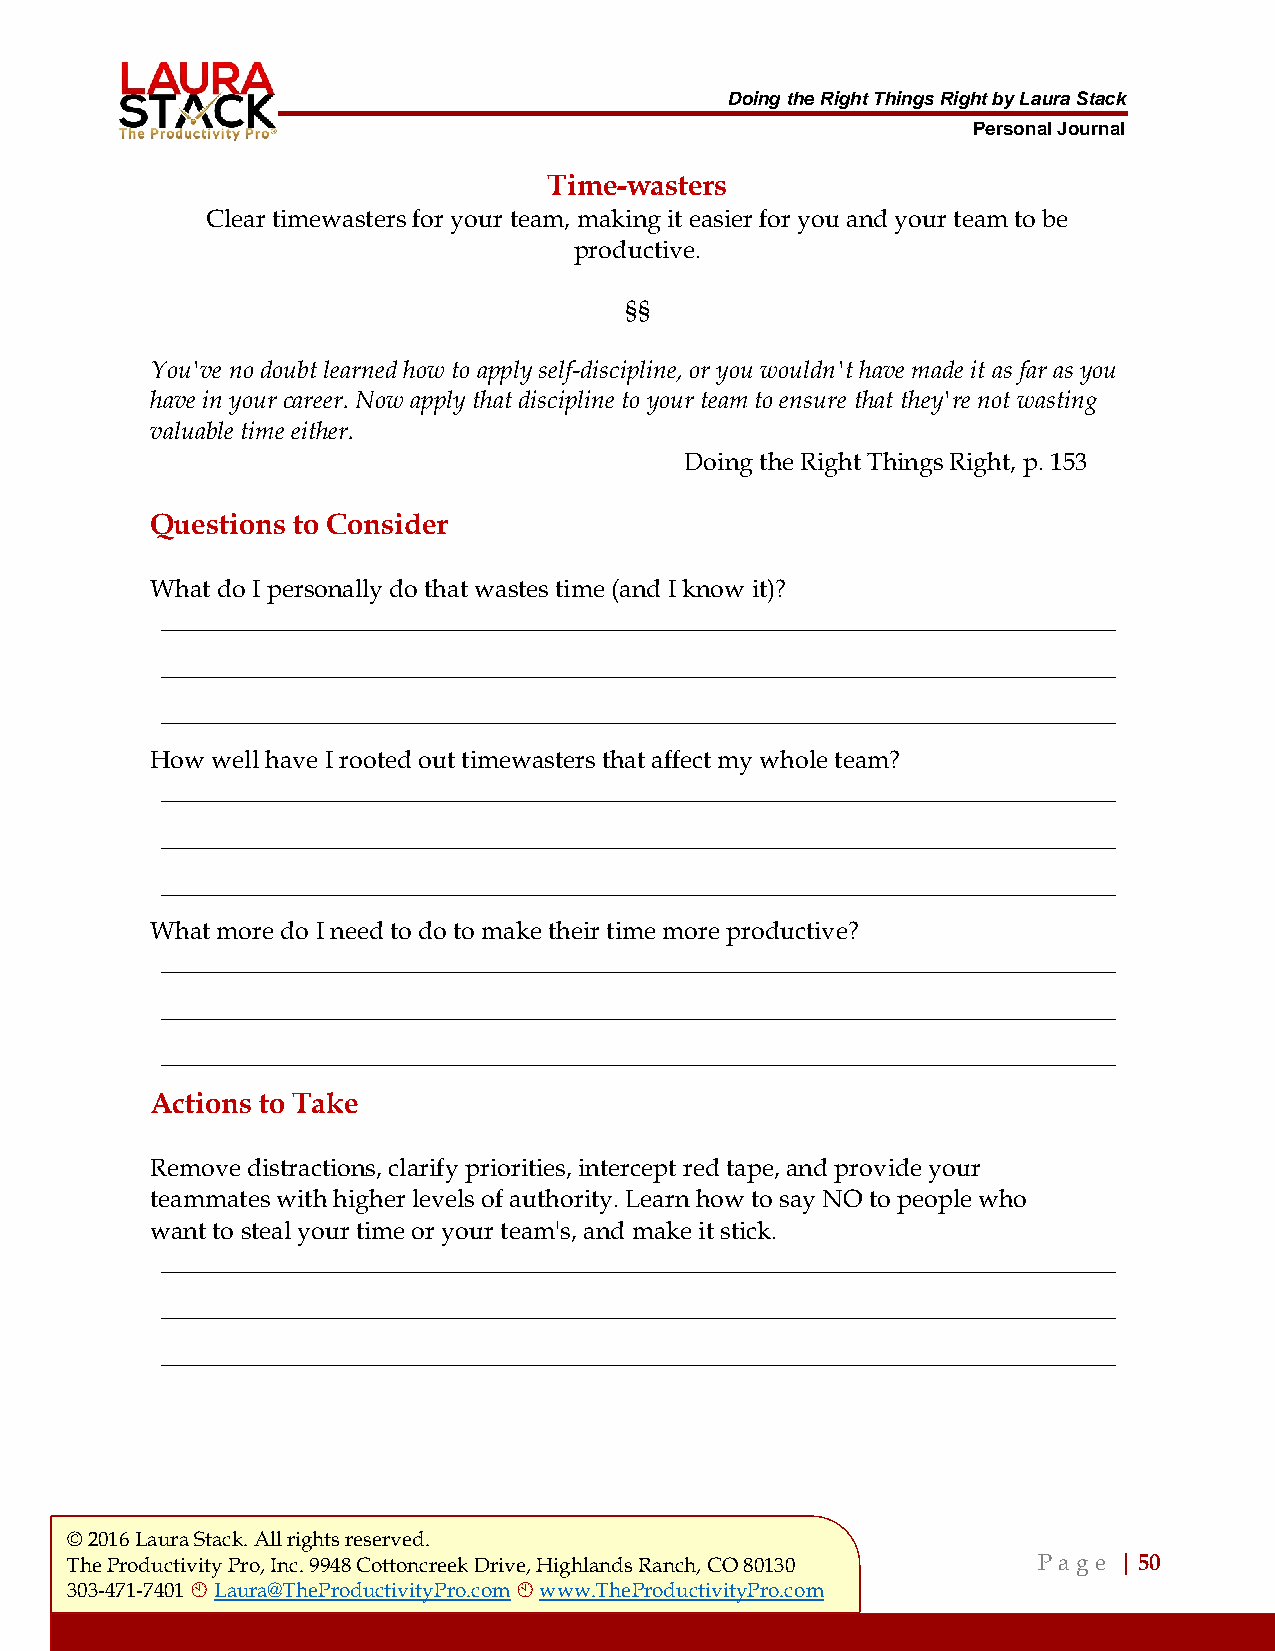
Doing the Right Things Right by Laura Stack
 Personal Journal
 Time-wasters
 Clear timewasters for your team, making it easier for you and your team to be
 productive.
 §§
 You've no doubt learned how to apply self-discipline, or you wouldn't have made it as far as you
 have in your career. Now apply that discipline to your team to ensure that they're not wasting
 valuable time either.
 Doing the Right Things Right, p. 153
 Questions to Consider
 What do I personally do that wastes time (and I know it)?
 ___________________________________________________________________________________
 ___________________________________________________________________________________
 ___________________________________________________________________________________
 How well have I rooted out timewasters that affect my whole team?
 ___________________________________________________________________________________
 ___________________________________________________________________________________
 ___________________________________________________________________________________
 What more do I need to do to make their time more productive?
 ___________________________________________________________________________________
 ___________________________________________________________________________________
 ___________________________________________________________________________________
 Actions to Take
 Remove distractions, clarify priorities, intercept red tape, and provide your
 teammates with higher levels of authority. Learn how to say NO to people who
 want to steal your time or your team's, and make it stick.
 ___________________________________________________________________________________
 ___________________________________________________________________________________
 ___________________________________________________________________________________
 © 2016 Laura Stack. All rights reserved.
 The Productivity Pro, Inc. 9948 Cottoncreek Drive, Highlands Ranch, CO 80130 P a ge | 50
 303-471-7401  Laura@TheProductivityPro.com  www.TheProductivityPro.com